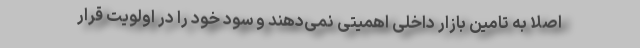
اصلا به تامین بازار داخلی اهمیتی نمی‌دهند و سود خود را در اولویت قرار